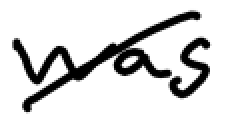
Text: was
Cross-out: diagonal
Writing tool: digital_black